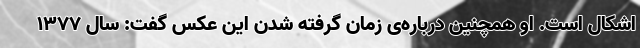
اشکال است. او همچنین درباره‌ی زمان گرفته شدن این عکس گفت: سال ۱۳۷۷